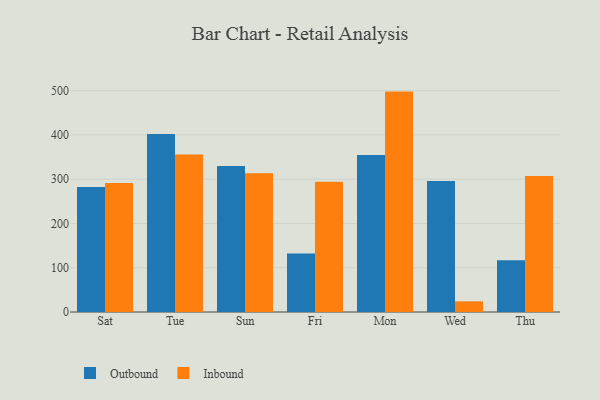
{"axis": {"x": "Day", "y": "Net Income (USD K)"}, "legend": ["Inbound", "Outbound"], "data": [{"x": "Sat", "y": 282.2, "type": "Outbound"}, {"x": "Sat", "y": 291.2, "type": "Inbound"}, {"x": "Tue", "y": 402.1, "type": "Outbound"}, {"x": "Tue", "y": 355.9, "type": "Inbound"}, {"x": "Sun", "y": 329.5, "type": "Outbound"}, {"x": "Sun", "y": 313.2, "type": "Inbound"}, {"x": "Fri", "y": 132.3, "type": "Outbound"}, {"x": "Fri", "y": 294.0, "type": "Inbound"}, {"x": "Mon", "y": 354.8, "type": "Outbound"}, {"x": "Mon", "y": 497.7, "type": "Inbound"}, {"x": "Wed", "y": 295.9, "type": "Outbound"}, {"x": "Wed", "y": 24.0, "type": "Inbound"}, {"x": "Thu", "y": 117.0, "type": "Outbound"}, {"x": "Thu", "y": 307.1, "type": "Inbound"}]}